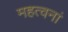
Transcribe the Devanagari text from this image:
महत्वनां